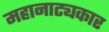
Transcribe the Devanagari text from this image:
महानाट्यकार